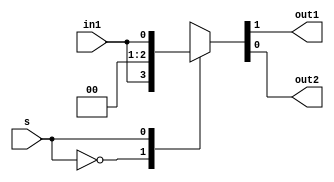
`timescale 1ns / 1ps
//////////////////////////////////////////////////////////////////////////////////
// Company: 
// Engineer: 
// 
// Design Name: 
// Module Name: demux1x2
// Project Name: 
// Target Devices: 
// Tool Versions: 
// Description: 
// 
// Dependencies: 
// 
// Revision:
// Revision 0.01 - File Created
// Additional Comments:
// 
//////////////////////////////////////////////////////////////////////////////////


module demux1x2(output reg out1,out2,input s,in1);
always @(*)
begin
case(s)
1'b0:{out1,out2} = {in1,1'b0};
1'b1:{out1,out2} = {1'b0,in1};
default:{out1,out2}=2'bxx;
endcase
end
endmodule